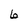
Character: 6